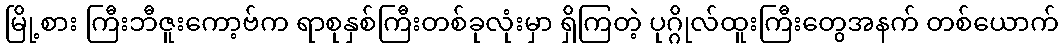
မြို့စား ကြီးဘီဇူးကော့ဗ်က ရာစုနှစ်ကြီးတစ်ခုလုံးမှာ ရှိကြတဲ့ ပုဂ္ဂိုလ်ထူးကြီးတွေအနက် တစ်ယောက်